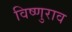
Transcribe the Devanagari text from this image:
विष्णुराव